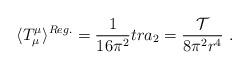
LaTeX: \begin{align*}\langle T^\mu_\mu\rangle ^{Reg.}=\frac1{16\pi^2}tr a_2=\frac {\cal{T}}{8\pi^2r^4}\ .\end{align*}